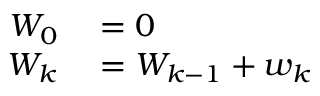
\begin{array} { r l } { W _ { 0 } } & { { } = 0 } \\ { W _ { k } } & { { } = W _ { k - 1 } + w _ { k } } \end{array}